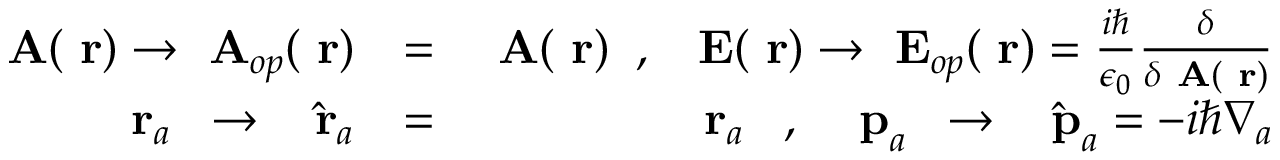
\begin{array} { r l r } { \mathrm { \bf ~ A } ( \mathrm { \bf ~ r } ) \to \mathrm { \bf ~ A } _ { o p } ( \mathrm { \bf ~ r } ) } & { = } & { \mathrm { \bf ~ A } ( \mathrm { \bf ~ r } ) \; \; , \; \; \mathrm { \bf ~ E } ( \mathrm { \bf ~ r } ) \to \mathrm { \bf ~ E } _ { o p } ( \mathrm { \bf ~ r } ) = \frac { i \hbar } { \epsilon _ { 0 } } \frac { \delta } { \delta \mathrm { \bf ~ A } ( \mathrm { \bf ~ r } ) } } \\ { \mathrm { \bf ~ r } _ { a } \; \; \to \; \; \hat { \mathrm { \bf ~ r } } _ { a } } & { = } & { { \mathrm { \bf ~ r } _ { a } } \; \; \; , \; \; \; \mathrm { \bf ~ p } _ { a } \; \; \to \; \; \hat { \mathrm { \bf ~ p } } _ { a } = - i \hbar \nabla _ { a } } \end{array}